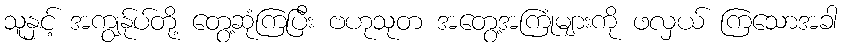
သူနှင့် အကျွန်ုပ်တို့ တွေ့ဆုံကြပြီး ဗဟုသုတ အတွေ့အကြုံများကို ဖလှယ် ကြသောအခါ